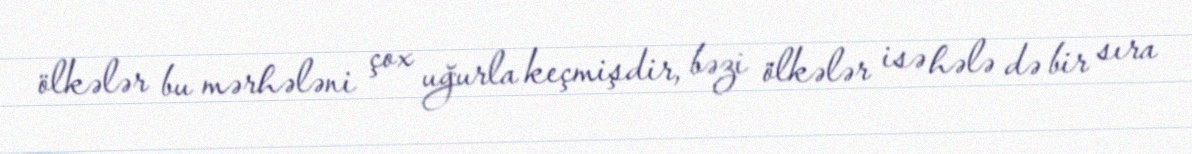
ölkələr bu mərhələni çox uğurla keçmişdir, bəzi ölkələr isə hələ də bir sıra